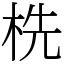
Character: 㭠